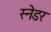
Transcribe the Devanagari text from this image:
स्नेडर